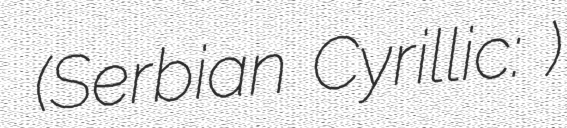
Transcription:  (Serbian Cyrillic: Цицина)